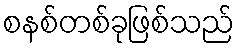
စနစ်တစ်ခုဖြစ်သည်